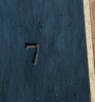
7